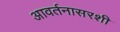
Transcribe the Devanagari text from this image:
आवर्तनासरशी